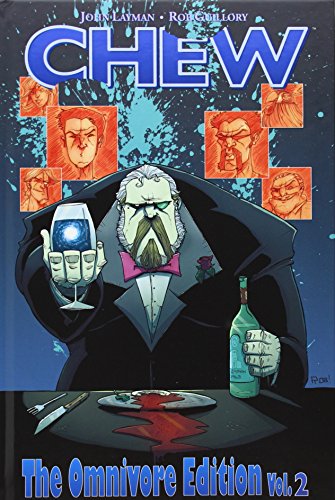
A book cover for CHEW Omnivore Edition, Vol. 2; John Layman; Literature & Fiction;